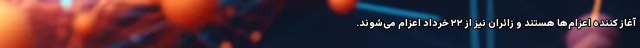
آغاز کننده اعزام‌ها هستند و زائران نیز از ۲۲ خرداد اعزام می‌شوند.